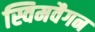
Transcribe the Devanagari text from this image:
स्विमवैगन